Civil Veterinary Department Bengal reports 1933-51 - 1933-1951
Year: 1933
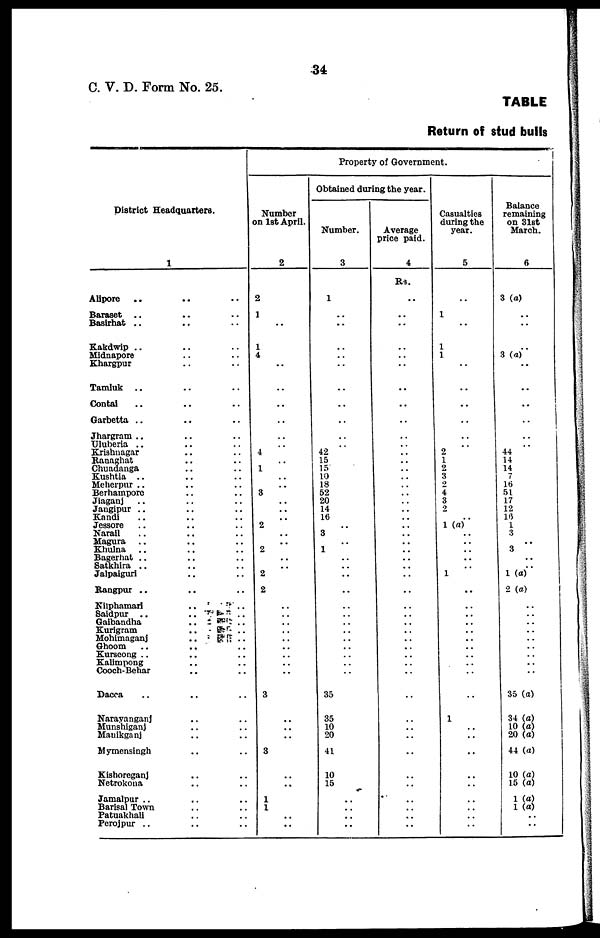
34
C. V. D. Form No. 25.
TABLE
Return of stud bulls
District Headquarters.
1
Alipore .. .. ..
Baraset .. .. ..
Basirhat .. .. ..
Kakdwip .. .. ..
Midnapore .. ..
Khargpur .. ..
Tamluk .. .. ..
Contai .. .. ..
Garbetta .. .. ..
Jhargram .. .. ..
Uluberia .. .. ..
Krishnagar .. ..
Ranaghat .. ..
Chuadanga .. ..
Kushtia .. .. ..
Meherpur .. .. ..
Berhampore .. ..
Jiaganj .. .. ..
Jangipur .. .. ..
Kandi .. .. ..
Jessore .. .. ..
Narail .. .. ..
Magura .. .. ..
Khulna .. .. ..
Bagerhat .. .. ..
Satkhira .. .. ..
Jalpaiguri .. ..
Rangpur .. .. ..
Nilphamari
..
..
Saidpur .. .. ..
Gaibandha
..
..
..
Kurigram
..
..
..
Mohimaganj
..
..
..
Ghoom
..
.. ..
Kurseong .. .. ..
Kalimpong .. ..
Cooch-Behar .. ..
Dacca .. .. ..
Narayanganj .. ..
Munshiganj .. ..
Mauikganj .. ..
Mymensiagh .. ..
Kishoreganj .. ..
Netrokona .. ..
Jamalpur .. .. ..
Barisal Town .. ..
Patuakhali .. ..
Perojpur .. .. ..
Property of Government.
Number
on 1st April.
2
2
1
..
1
4
..
..
..
..
..
.. 4
1
..
.. 3
..
..
2
..
..
2
..
.. 2
2
..
..
..
..
..
..
..
..
..
3
..
..
..
3
..
..
1
1
..
..
Obtained during the year.
Number.
3
1
..
..
..
..
..
..
..
..
..
.. 42
15
15
10
18
52
20
14
16
.. 3
.. 1
..
..
..
..
..
..
..
..
..
..
..
..
..
35
35
10
20
41
10
15
..
..
..
..
Average
price paid.
4
Rs.
..
..
..
..
..
..
..
..
..
..
..
..
..
..
..
..
..
..
..
..
..
..
..
..
..
..
..
..
..
..
..
..
..
..
..
..
..
..
..
..
..
..
..
..
..
..
..
Casualties
during the
year.
5
..
1
..
1
1
..
..
..
..
..
.. 2
1
2
3
2
4
3
2
.. 1 (a)
..
..
..
..
.. 1
..
..
..
..
..
..
..
..
..
..
..
1
..
..
..
..
..
..
..
..
..
Balance
remaining
on 31st
March.
6
3 (a)
..
..
..
3 (a)
..
..
..
..
..
.. 44
14
14
7
16
51
17
12
16
1
3
..
3
..
1 (a)
2 (a)
..
..
..
..
..
..
..
..
..
35 (a)
34 (a)
10 (a)
20 (a)
44 (a)
10 (a)
15 (a)
1 (a)
1 (a)
..
..